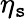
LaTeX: \eta_{\mathtt{s}}